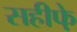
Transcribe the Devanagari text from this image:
सहीफे़